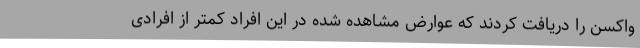
واکسن را دریافت کردند که عوارض مشاهده شده در این افراد کمتر از افرادی